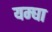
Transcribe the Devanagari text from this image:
यम्घा